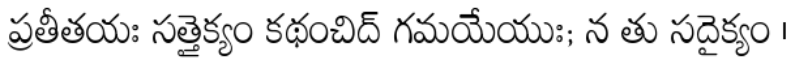
ప్రతీతయః సత్తైక్యం కథంచిద్ గమయేయుః; న తు సదైక్యం ।